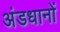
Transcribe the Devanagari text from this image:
अंडधानों